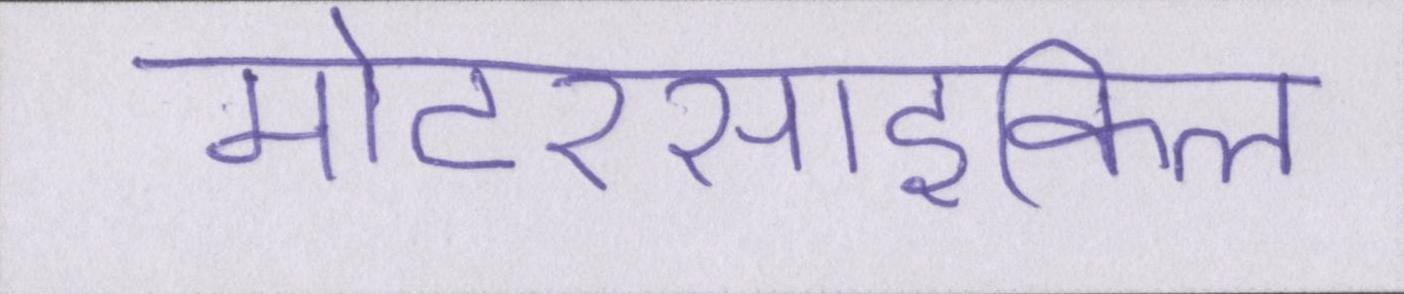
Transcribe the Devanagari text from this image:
मोटरसाइकिल